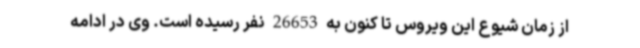
از زمان شیوع این ویروس تا کنون به 26653 نفر رسیده است. وی در ادامه